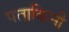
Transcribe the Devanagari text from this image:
पताकिनी